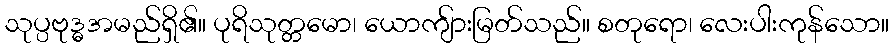
သုပ္ပဗုဒ္ဓအမည်ရှိ၏။ ပုရိသုတ္တမော၊ ယောကျ်ားမြတ်သည်။ စတုရော၊ လေးပါးကုန်သော။